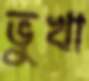
ভুখা